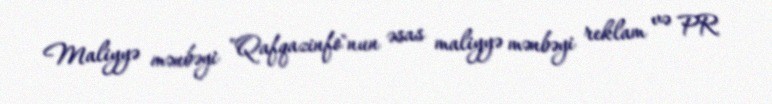
Maliyyə mənbəyi "Qafqazinfo"nun əsas maliyyə mənbəyi reklam və PR